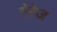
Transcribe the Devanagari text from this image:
गेरेज